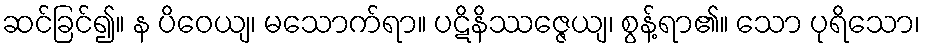
ဆင်ခြင်၍။ န ပိဝေယျ၊ မသောက်ရာ။ ပဋိနိဿဇ္ဇေယျ၊ စွန့်ရာ၏။ သော ပုရိသော၊